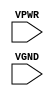
module sky130_fd_sc_hs__tapvgnd2 (
    VPWR,
    VGND
);

    input VPWR;
    input VGND;
endmodule